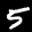
Label: 5